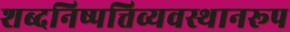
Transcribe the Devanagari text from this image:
शब्दनिष्पत्तिव्यवस्थानरूप